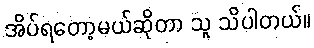
အိပ်ရတော့မယ်ဆိုတာ သူ သိပါတယ်။